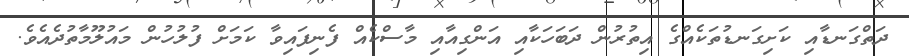
ދަތްގަނޑާއި ކަށިގަނޑުތަކެއްގެ އިތުރުން ދަބަހަކާއި އަންގިއާއި މާސްކެއް ފެނިފައިވާ ކަމަށް ފުލުހުން މައުލޫމާތުދެއެވެ.